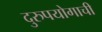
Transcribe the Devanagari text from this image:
दुरुपयोगाची